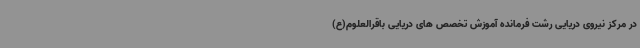
در مرکز نیروی دریایی رشت فرمانده آموزش تخصص های دریایی باقرالعلوم(ع)